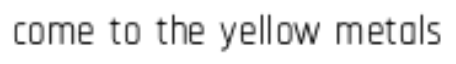
come to the yellow metals